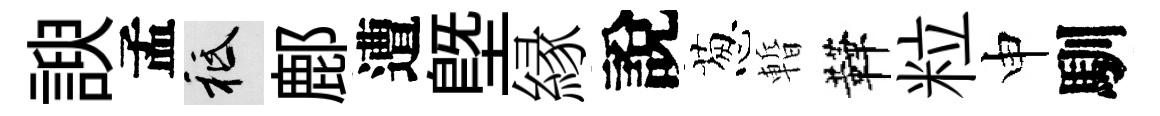
諛孟祇鄜遭塈縁說葱暫鞾粒申馴